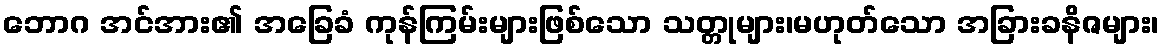
ဘောဂ အင်အား၏ အခြေခံ ကုန်ကြမ်းများဖြစ်သော သတ္တုများ၊မဟုတ်သော အခြားခနိဇများ၊